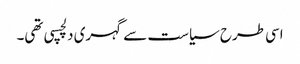
اسی طرح سیاست سے گہری دلچسپی تھی۔